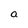
Character: a